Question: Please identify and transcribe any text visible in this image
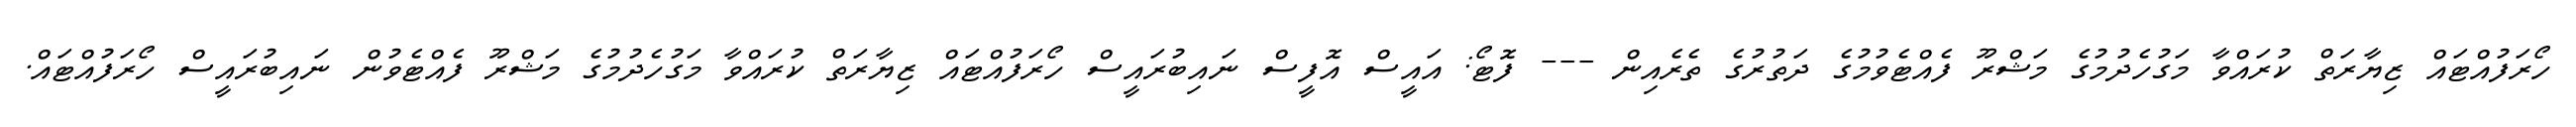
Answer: ހޯރަފުއްޓައް ޒިޔާރަތް ކުރައްވާ މަގުހެދުމުގެ މަޝްރޫ ފެއްޓެވުމުގެ ދަތުރުގެ ތެރެއިން --- ފޮޓޯ: އައީސް އޮފީސް ނައިބުރައީސް ހޯރަފުއްޓައް ޒިޔާރަތް ކުރައްވާ މަގުހެދުމުގެ މަޝްރޫ ފެއްޓެވުން ނައިބުރައީސް ހޯރަފުއްޓައް.